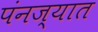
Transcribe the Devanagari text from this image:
पंनज्यात